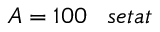
A = 1 0 0 \; \; \; s e t a t